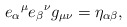
\begin{align*}{e_\alpha}^\mu {e_\beta}^\nu g_{\mu \nu} = \eta_{\alpha \beta},\end{align*}